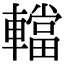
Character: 𨎴